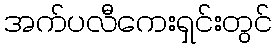
အက်ပလီကေးရှင်းတွင်